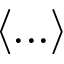
\langle . . . \rangle